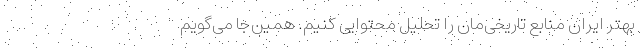
بهتر ایران منابع تاریخی‌مان را تحلیل محتوایی کنیم. همین‌جا می‌گویم